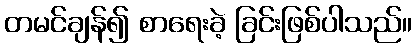
တမင်ချန်၍ စာရေးခဲ့ ခြင်းဖြစ်ပါသည်။